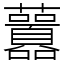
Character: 䖀